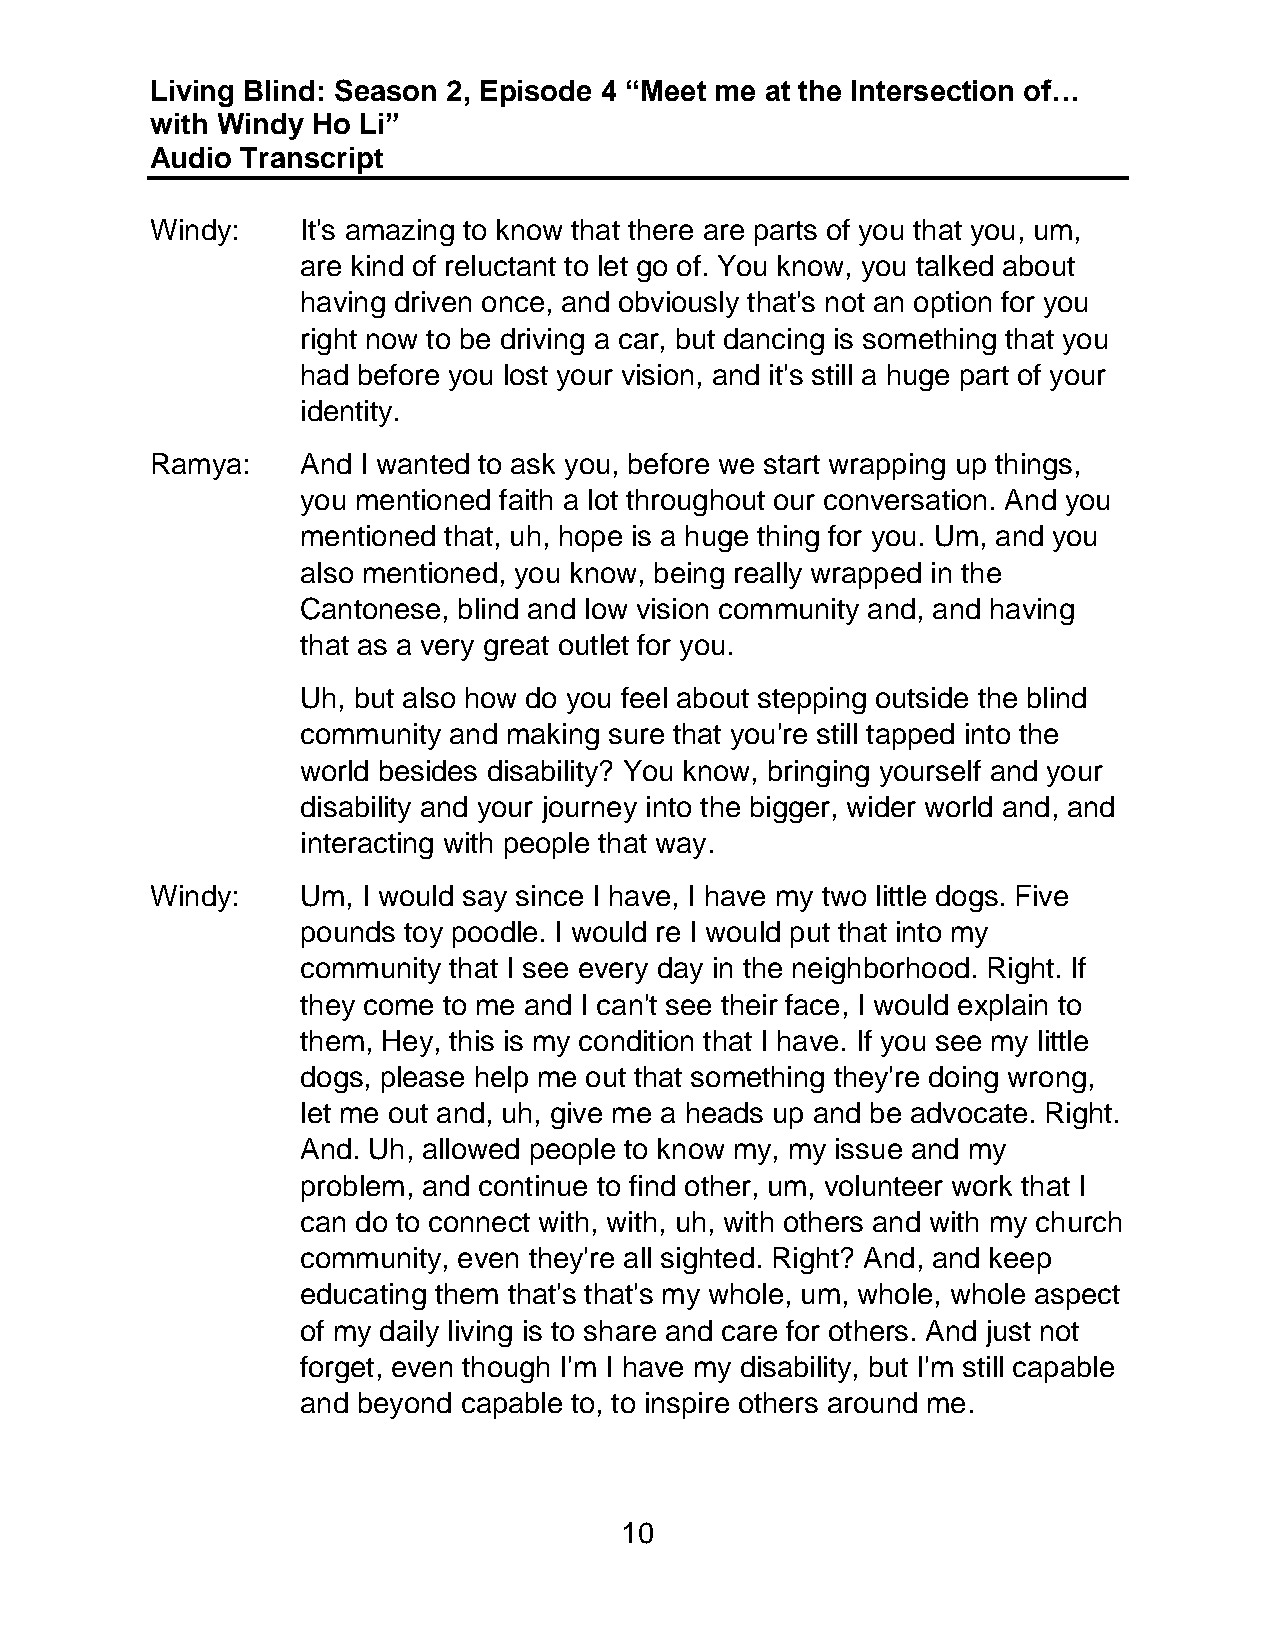
Living Blind: Season 2, Episode 4 “Meet me at the Intersection of…
 with Windy Ho Li”
 Audio Transcript
 Windy:    It's amazing to know that there are parts of you that you, um,
 are kind of reluctant to let go of. You know, you talked about
 having driven once, and obviously that's not an option for you
 right now to be driving a car, but dancing is something that you
 had before you lost your vision, and it's still a huge part of your
 identity.
 Ramya:    And I wanted to ask you, before we start wrapping up things,
 you mentioned faith a lot throughout our conversation. And you
 mentioned that, uh, hope is a huge thing for you. Um, and you
 also mentioned, you know, being really wrapped in the
 Cantonese, blind and low vision community and, and having
 that as a very great outlet for you.
 Uh, but also how do you feel about stepping outside the blind
 community and making sure that you're still tapped into the
 world besides disability? You know, bringing yourself and your
 disability and your journey into the bigger, wider world and, and
 interacting with people that way.
 Windy:    Um, I would say since I have, I have my two little dogs. Five
 pounds toy poodle. I would re I would put that into my
 community that I see every day in the neighborhood. Right. If
 they come to me and I can't see their face, I would explain to
 them, Hey, this is my condition that I have. If you see my little
 dogs, please help me out that something they're doing wrong,
 let me out and, uh, give me a heads up and be advocate. Right.
 And. Uh, allowed people to know my, my issue and my
 problem, and continue to find other, um, volunteer work that I
 can do to connect with, with, uh, with others and with my church
 community, even they're all sighted. Right? And, and keep
 educating them that's that's my whole, um, whole, whole aspect
 of my daily living is to share and care for others. And just not
 forget, even though I'm I have my disability, but I'm still capable
 and beyond capable to, to inspire others around me.
 10